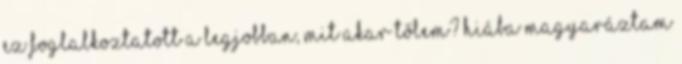
ez foglalkoztatott a legjobban, mit akar tőlem? Hiába magyaráztam